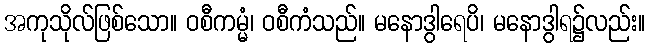
အကုသိုလ်ဖြစ်သော။ ဝစီကမ္မံ၊ ဝစီကံသည်။ မနောဒွါရေပိ၊ မနောဒွါရ၌လည်း။